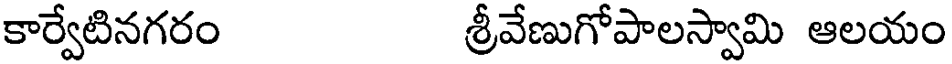
కార్వేటినగరం శ్రీవేణుగోపాలస్వామి ఆలయం